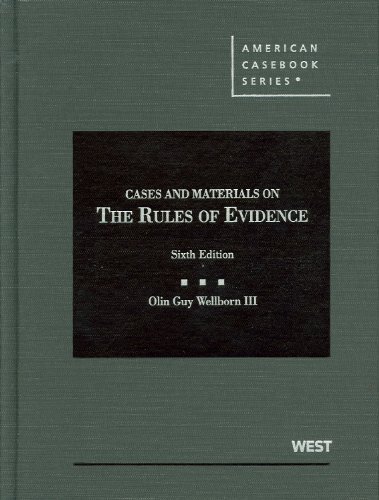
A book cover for Cases and Materials on the Rules of Evidence, 6th Edition (American Casebook); Olin Guy Wellborn III; Law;